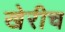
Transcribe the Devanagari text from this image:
खेरीच